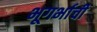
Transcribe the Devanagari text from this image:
भूगर्भाची